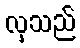
လှသည်